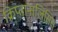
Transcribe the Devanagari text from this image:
क्रिप्तानालिसिस